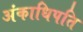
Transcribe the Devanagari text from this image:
अंकाधिपति